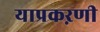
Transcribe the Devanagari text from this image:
याप्रकऱणी